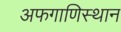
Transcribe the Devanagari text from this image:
अफगाणिस्थान